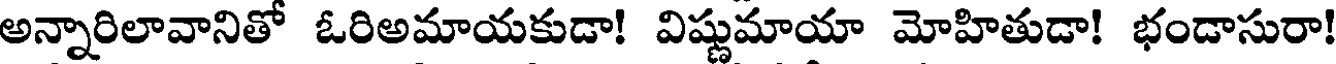
అన్నారిలావానితో ఓరిఅమాయకుడా! విష్ణుమాయా మోహితుడా! భండాసురా!